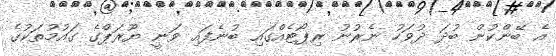
އެ ބޭންކުން ބުދަ ދުވަހު ނެރުނު ރިޕޯޓެއްގައި ބުނެފައި ވަނީ ޔޫރަޕްގެ ގައުމުތަކުގެ